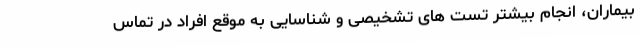
بیماران، انجام بیشتر تست های تشخیصی و شناسایی به موقع افراد در تماس